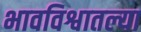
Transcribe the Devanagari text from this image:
भावविश्वातल्या